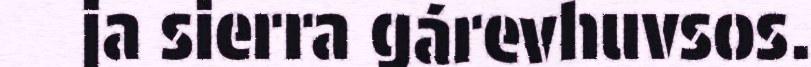
ja sierra gárevhuvsos.